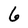
Character: 6